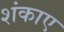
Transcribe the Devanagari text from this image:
शंकाए